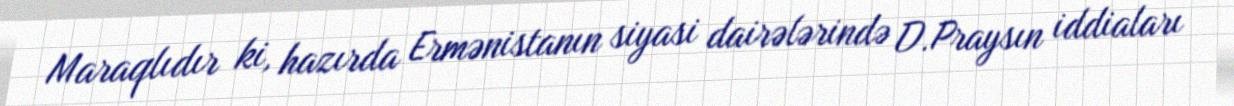
Maraqlıdır ki, hazırda Ermənistanın siyasi dairələrində D.Praysın iddiaları